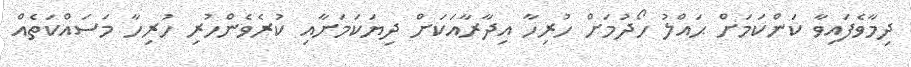
ދިމާވެފައިވާ ކަންކަމަށް ޙައްލު ހޯދުމަށް ހުރިހާ އިދާރާއަކަށް ދިޔަކަމަށާއި ކުރެވެންހުރި ހުރިހާ މަސައްކަތެއް